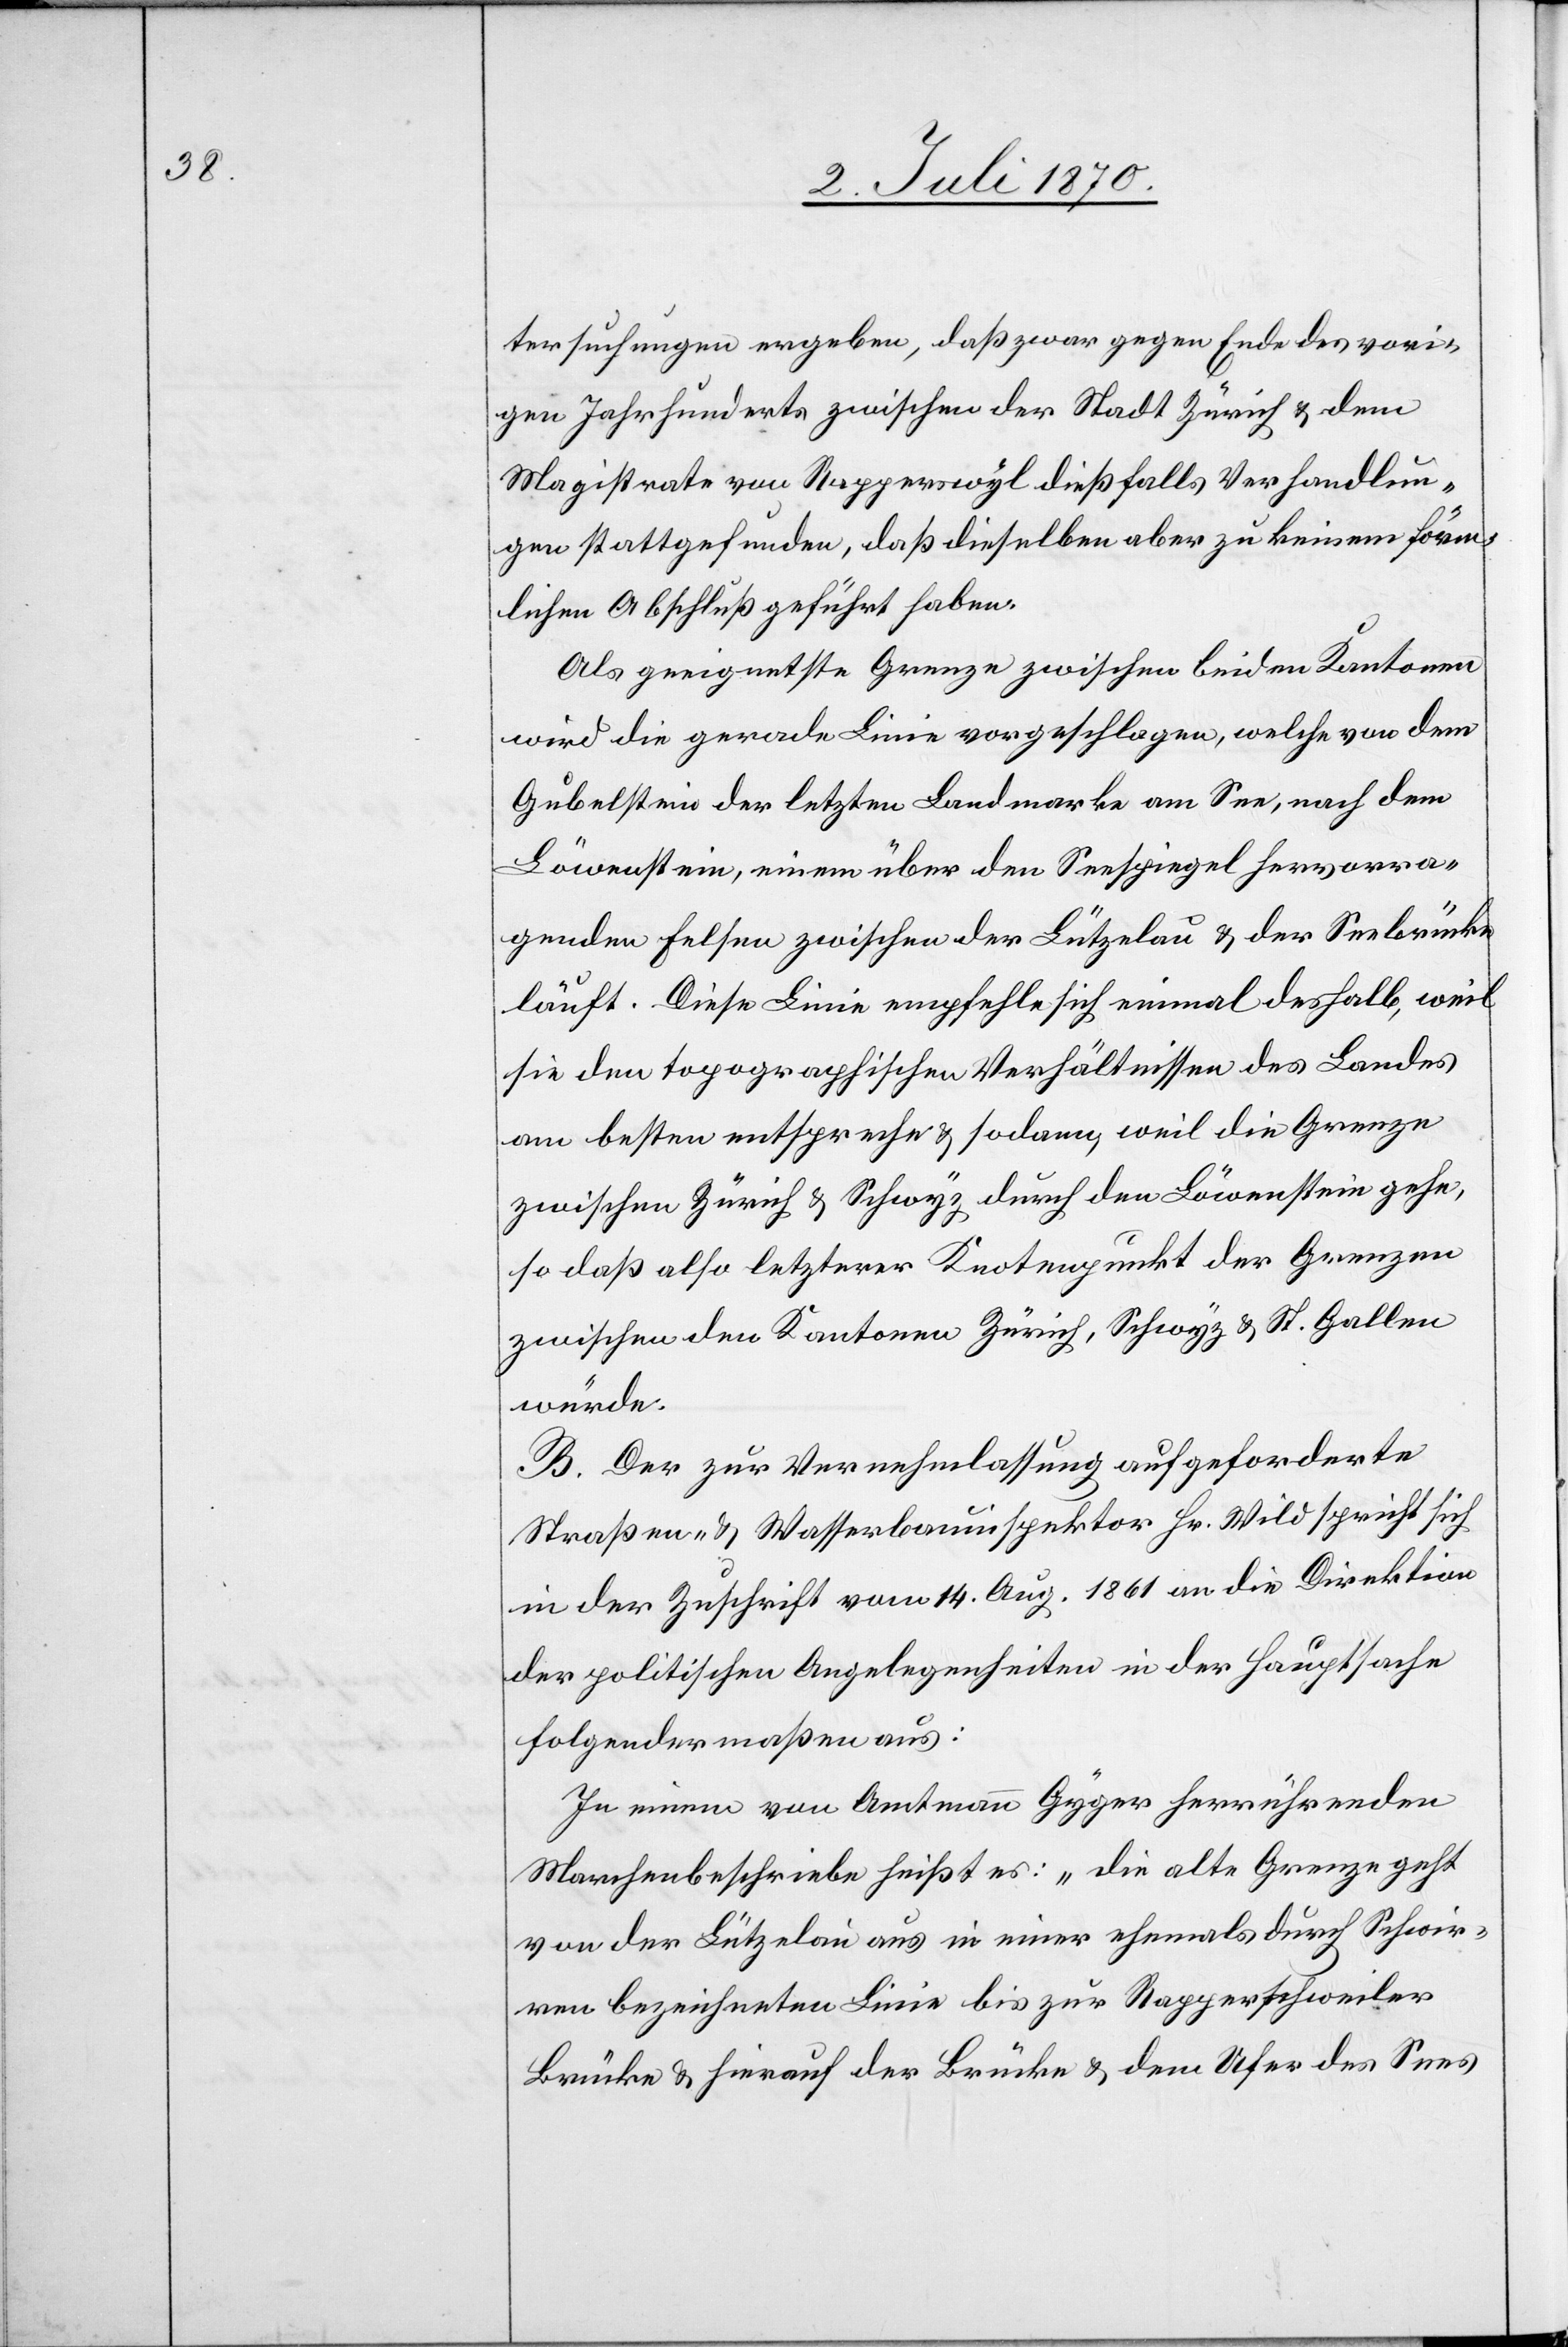
tersuchungen ergeben, daß zwar gegen Ende des vori¬
gen Jahrhunderts zwischen der Stadt Zürich & dem
Magistrate von Rapperswyl dießfalls Verhandlun¬
gen stattgefunden, daß dieselben aber zu keinem förm¬
lichen Abschluß geführt haben.
Als geeignetste Grenze zwischen beiden Kantonen
wird die gerade Linie vorgeschlagen, welche von dem
Gubelstein[,] der letzten Landmarke am See, nach dem
Löwenstein, einem über den Seespiegel hervorra¬
genden Felsen zwischen der Lützelau & der Seebrücke
läuft. Diese Linie empfehle sich einmal deshalb, weil
sie den topographischen Verhältnissen des Landes
am besten entspreche & sodann, weil die Grenze
zwischen Zürich & Schwyz durch den Löwenstein gehe,
so daß also letzterer Knotenpunkt der Grenzen
zwischen den Kantonen Zürich, Schwyz & St. Gallen
würde.
B. Der zur Vernehmlassung aufgeforderte
Straßen- & Wasserbauinspektor Hr. Wild spricht sich
in der Zuschrift vom 14. Aug. 1861 an die Direktion
der politischen Angelegenheiten in der Hauptsache
folgendermaßen aus:
In einem von Amtmann Gyger herrührenden
Marchenbeschriebe heißt es: „Die alte Grenze geht
von der Lützelau aus in einer ehemals durch Schwir¬
ren bezeichneten Linie bis zur Rapperschweiler
Brücke & hierauf der Brücke & dem Ufer des Sees